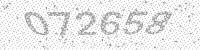
Solution: 072658